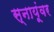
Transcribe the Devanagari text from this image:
स्नायूंवर